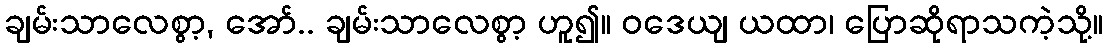
ချမ်းသာလေစွာ့, အော်.. ချမ်းသာလေစွာ့ ဟူ၍။ ဝဒေယျ ယထာ၊ ပြောဆိုရာသကဲ့သို့။